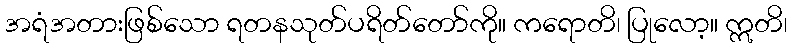
အရံအတားဖြစ်သော ရတနသုတ်ပရိတ်တော်ကို။ ကရောတိ၊ ပြုလော့။ ဣတိ၊